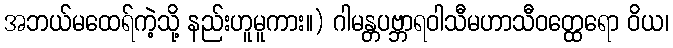
အဘယ်မထေရ်ကဲ့သို့ နည်းဟူမူကား။) ဂါမန္တပဗ္ဘာရဝါသီမဟာသီဝတ္ထေရော ဝိယ၊